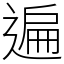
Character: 遍